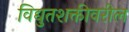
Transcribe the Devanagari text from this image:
विद्युतशक्तीवरील